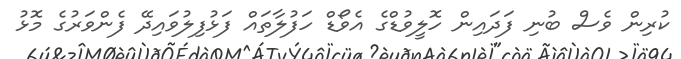
ކުރިން ވެސް ބުނި ފަދައިން ހޮލީވުޑްގެ އެވޯޑް ހަފުލާތައް ފަޅުފިލުވައިދޭ ފެންވަރުގެ މޮޅު